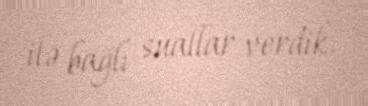
ilə bağlı suallar verdik.